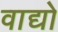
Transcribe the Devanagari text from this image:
वाद्यो